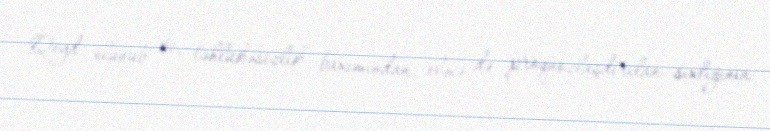
Qeyd olunub ki, təhlükəsizlik baxımından, eləcə də proqnozlaşdırılan sıxlığının